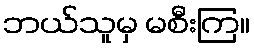
ဘယ်သူမှ မစီးကြ။